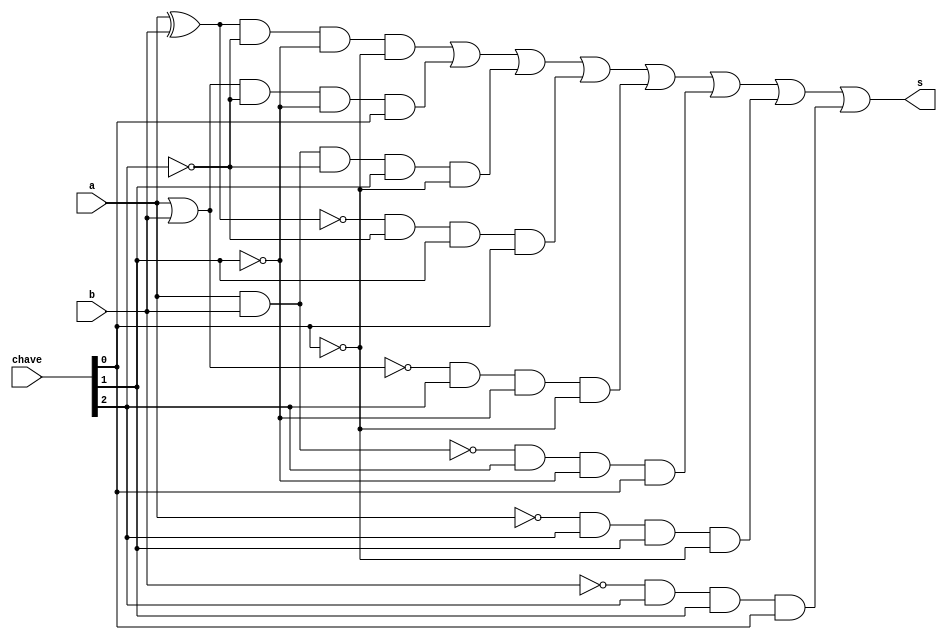
// -------------------------
// Exemplo00345- F4 com Chave
// Nome: Yousef Otacilio
// -------------------------
// -------------------------
// f4_gate
// -------------------------
module f4 (output s, input a,input b, input [2:0]chave);

wire s1, s2, s3, s4, s5, s6, s7, s8, s9, s10, s11, s12, s13, s14, s15, s16;

xor xor1(s1, a, b);
or  or1 (s2, a, b);
and and1(s3, a, b);
xnor xnor1(s4, a, b);
nor  nor1 (s5, a, b);
nand nand1(s6, a, b);
not notA (s7, a);
not notB (s8, b);

and and2(s9,  s1, ~chave[2], ~chave[1], ~chave[0]);
and and3(s10, s2, ~chave[2], ~chave[1], chave[0]);
and and4(s11, s3, ~chave[2], chave[1], ~chave[0]);
and and5(s12, s4, ~chave[2], chave[1], chave[0]);
and and6(s13, s5, chave[2], ~chave[1], ~chave[0]);
and and7(s14, s6, chave[2], ~chave[1], chave[0]);
and and8(s15, s7, chave[2], chave[1], ~chave[0]);
and and9(s16, s8, chave[2], chave[1], chave[0]);

or  or2 (s, s9, s10, s11, s12, s13, s14, s15, s16);

endmodule // f4
module test_f4;
// ------------------------- definir dados
reg x;
reg y;
reg [2:0]chave;
wire s;
f4 modulo (s, x, y, chave[2:0]);
// ------------------------- parte principal
initial begin
$display("Exemplo0035 - Yousef - 441714");
$display("Test LU's module");

x = 0; y = 0; chave = 3'b000;

$monitor("x = %1b -- y = %1b chave1 = %3b Resultado = %1b",x,y,chave, s );

#1x = 0; y = 1; chave = 3'b000;
#1x = 1; y = 0; chave = 3'b000;
#1x = 1; y = 1; chave = 3'b000;

#1x = 0; y = 0; chave = 3'b001;
$display("\n");
#1x = 0; y = 1; chave = 3'b001;
#1x = 1; y = 0; chave = 3'b001;
#1x = 1; y = 1; chave = 3'b001;

#1x = 0; y = 0; chave = 3'b010;
$display("\n");
#1x = 0; y = 1; chave = 3'b010;
#1x = 1; y = 0; chave = 3'b010;
#1x = 1; y = 1; chave = 3'b010;

#1x = 0; y = 0; chave = 3'b011;
$display("\n");
#1x = 0; y = 1; chave = 3'b011;
#1x = 1; y = 0; chave = 3'b011;
#1x = 1; y = 1; chave = 3'b011;

#1x = 0; y = 0; chave = 3'b100;
$display("\n");
#1x = 0; y = 1; chave = 3'b100;
#1x = 1; y = 0; chave = 3'b100;
#1x = 1; y = 1; chave = 3'b100;

#1x = 0; y = 0; chave = 3'b101;
$display("\n");
#1x = 0; y = 1; chave = 3'b101;
#1x = 1; y = 0; chave = 3'b101;
#1x = 1; y = 1; chave = 3'b101;

#1x = 0; y = 0; chave = 3'b110;
$display("\n");
#1x = 0; y = 1; chave = 3'b110;
#1x = 1; y = 0; chave = 3'b110;
#1x = 1; y = 1; chave = 3'b110;

#1x = 0; y = 0; chave = 3'b111;
$display("\n");
#1x = 0; y = 1; chave = 3'b111;
#1x = 1; y = 0; chave = 3'b111;
#1x = 1; y = 1; chave = 3'b111;


end
endmodule // test_f4